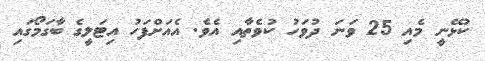
ކުޅޭނީ މެއި 25 ވަނަ ދުވަހު ކުވެތާއި އެވެ. އެއަށްފަހު އިޓަލީގެ ބާގަމޯގައި